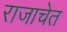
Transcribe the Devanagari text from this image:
राजाचेत